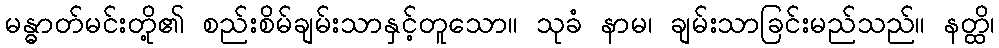
မန္ဓာတ်မင်းတို့၏ စည်းစိမ်ချမ်းသာနှင့်တူသော။ သုခံ နာမ၊ ချမ်းသာခြင်းမည်သည်။ နတ္ထိ၊